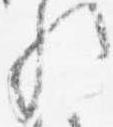
歟